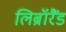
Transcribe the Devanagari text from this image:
लिब्रॉरैंड